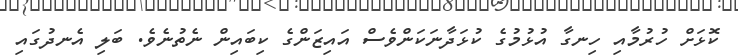
ކޮޅަށް ހުރުމާއި ހިނގާ އުޅުމުގެ ކުޅަދާނަކަންވެސް އައިޒަންގެ ކިބައިން ނެތުނެވެ. ބަލި އެނދުގައި